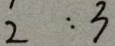
2 : 3